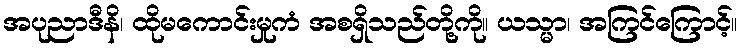
အပုညာဒီနိ၊ ထိုမကောင်းမှုကံ အစရှိသည်တို့ကို။ ယသ္မာ၊ အကြင်ကြောင့်။